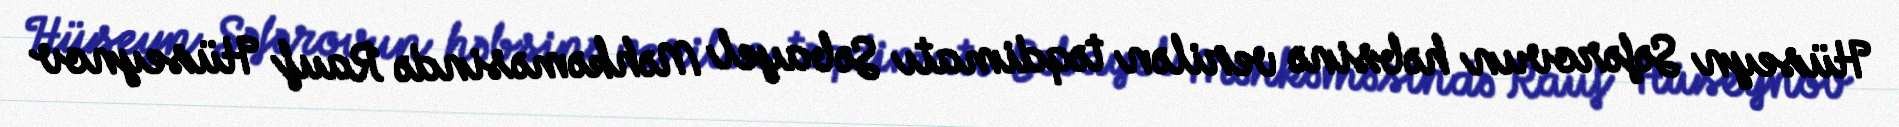
Hüseyn Səfərovun həbsinə verilən təqdimatı Səbayel Məhkəməsində Rauf Hüseynov